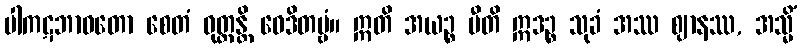
ပါကဋဘာဝတော စေတံ ဝုတ္တန္တိ ဝေဒိတဗ္ဗံ။ ဣတိ အယဉ္စ ပီတိ ဣဒဉ္စ သုခံ အဿ ဈာနဿ, အသ္မိံ